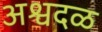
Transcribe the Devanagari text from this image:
अश्वदळ